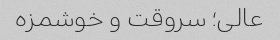
عالی؛ سروقت و خوشمزه